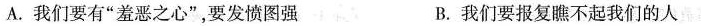
A.我们要有”羞恶之心”，要发愤图强 B.我们要报复瞧不起我们的人